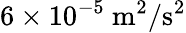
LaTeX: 6\times 10^{-5}~\mathrm{{m^{2}/s^{2}}}